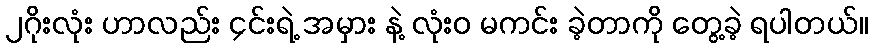
၂ဂိုးလုံး ဟာလည်း ၄င်းရဲ့ အမှား နဲ့ လုံးဝ မကင်း ခဲ့တာကို တွေ့ခဲ့ ရပါတယ်။